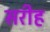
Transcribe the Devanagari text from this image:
सरीह